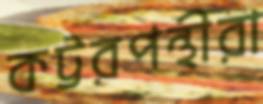
কট্টরপন্থীরা